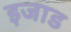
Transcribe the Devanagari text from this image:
इजाड